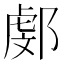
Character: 𨜻